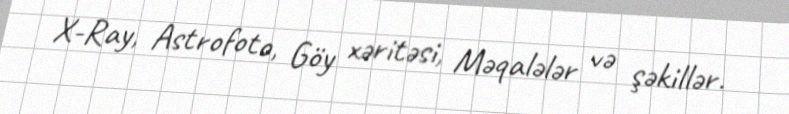
X-Ray, Astrofoto, Göy xəritəsi, Məqalələr və şəkillər.